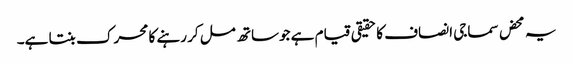
یہ محض سماجی انصاف کا حقیقی قیام ہے جوساتھ مل کر رہنے کا محرک بنتا ہے۔